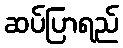
ဆပ်ပြာရည်